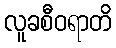
လူခစီဝရာတိ